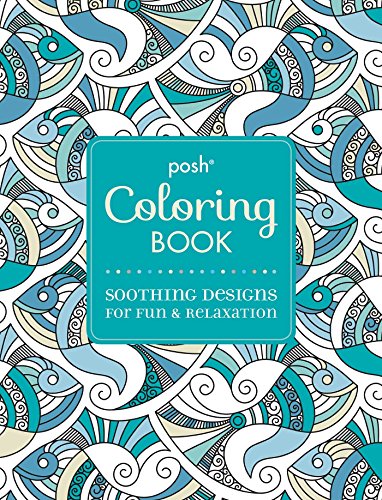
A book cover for Posh Adult Coloring Book: Soothing Designs for Fun and Relaxation (Posh Coloring Books); Andrews McMeel Publishing LLC; Humor & Entertainment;